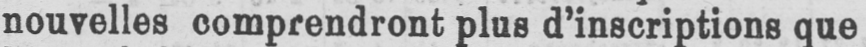
nouvelles comprendront plus d’inscriptions que